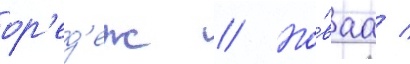
ор'ед'еж // Но́ваа /